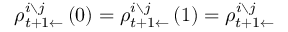
\rho _ { t + 1 \leftarrow } ^ { i \setminus j } \left( 0 \right) = \rho _ { t + 1 \leftarrow } ^ { i \setminus j } \left( 1 \right) = \rho _ { t + 1 \leftarrow } ^ { i \setminus j }